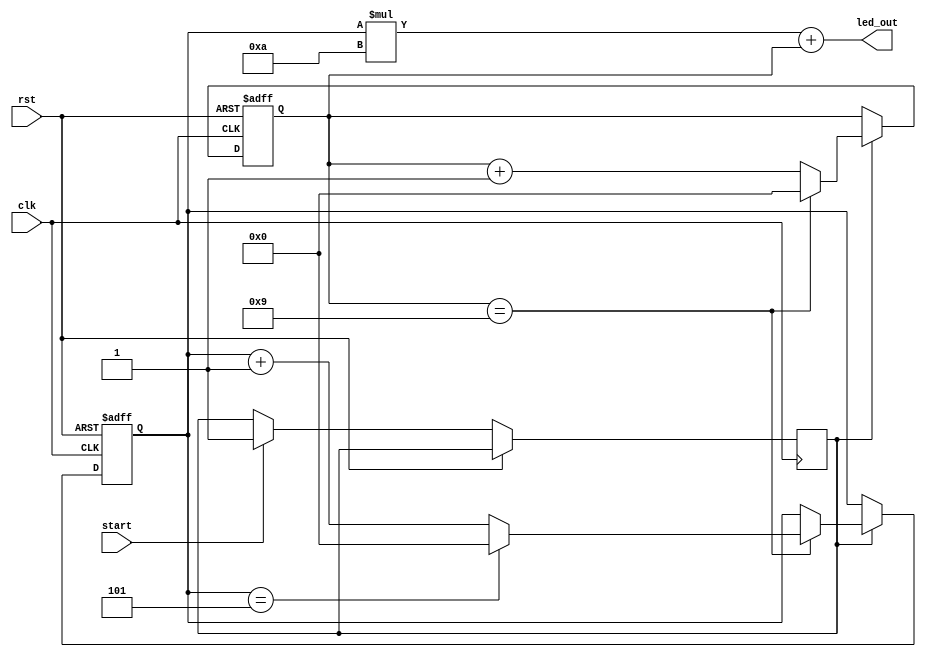
module dual_7_seg_display ( clk,rst,start, led_out);
	input start;
	input clk,rst;
	output [8:0] led_out;
	
	reg flag;
	reg [7:0] led_out1;
	reg [7:0] led_out2;

	always @(posedge clk or posedge rst) begin 
		if (rst) begin 
			led_out1 <= 8'd0;
			led_out2 <= 8'd0;
		end
		else begin 
			if ( start ) begin 
				flag <= 1;
			end
			if ( flag )  begin 
				led_out1 <= led_out1 + 1;
				if (led_out1 == 8'd9) begin 
					led_out1 <= 8'd0;
					led_out2 <= led_out2 + 1;
					if ( led_out2 == 8'd5) begin 
						led_out2 <= 8'd0;
					end 
				end

			end

		end
	end
        
	assign led_out = led_out2*8'd10 + led_out1;	

endmodule